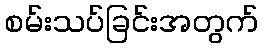
စမ်းသပ်ခြင်းအတွက်